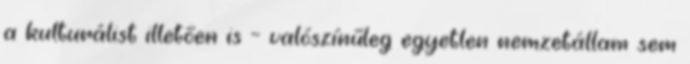
a kulturálist illetően is – valószínűleg egyetlen nemzetállam sem